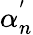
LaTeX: \alpha_{n}^{'}